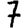
Digit: 7